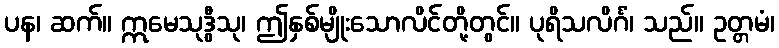
ပန၊ ဆက်။ ဣမေသုဒွီသု၊ ဤနှစ်မျိုးသောလိင်တို့တွင်။ ပုရိသလိင်္ဂံ၊ သည်။ ဥတ္တမံ၊